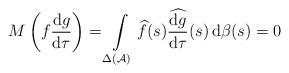
LaTeX: \begin{align*}M\left(f\frac{{\rm d}g}{{\rm d}\tau}\right)=\int\limits_{\Delta{(\mathcal{A})}}\widehat{f}(s)\widehat{\frac{{\rm d}g}{{\rm d}\tau}}(s)\, {\rm d}\beta(s)= 0\end{align*}